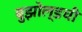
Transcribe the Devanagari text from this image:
बुझोल्डची